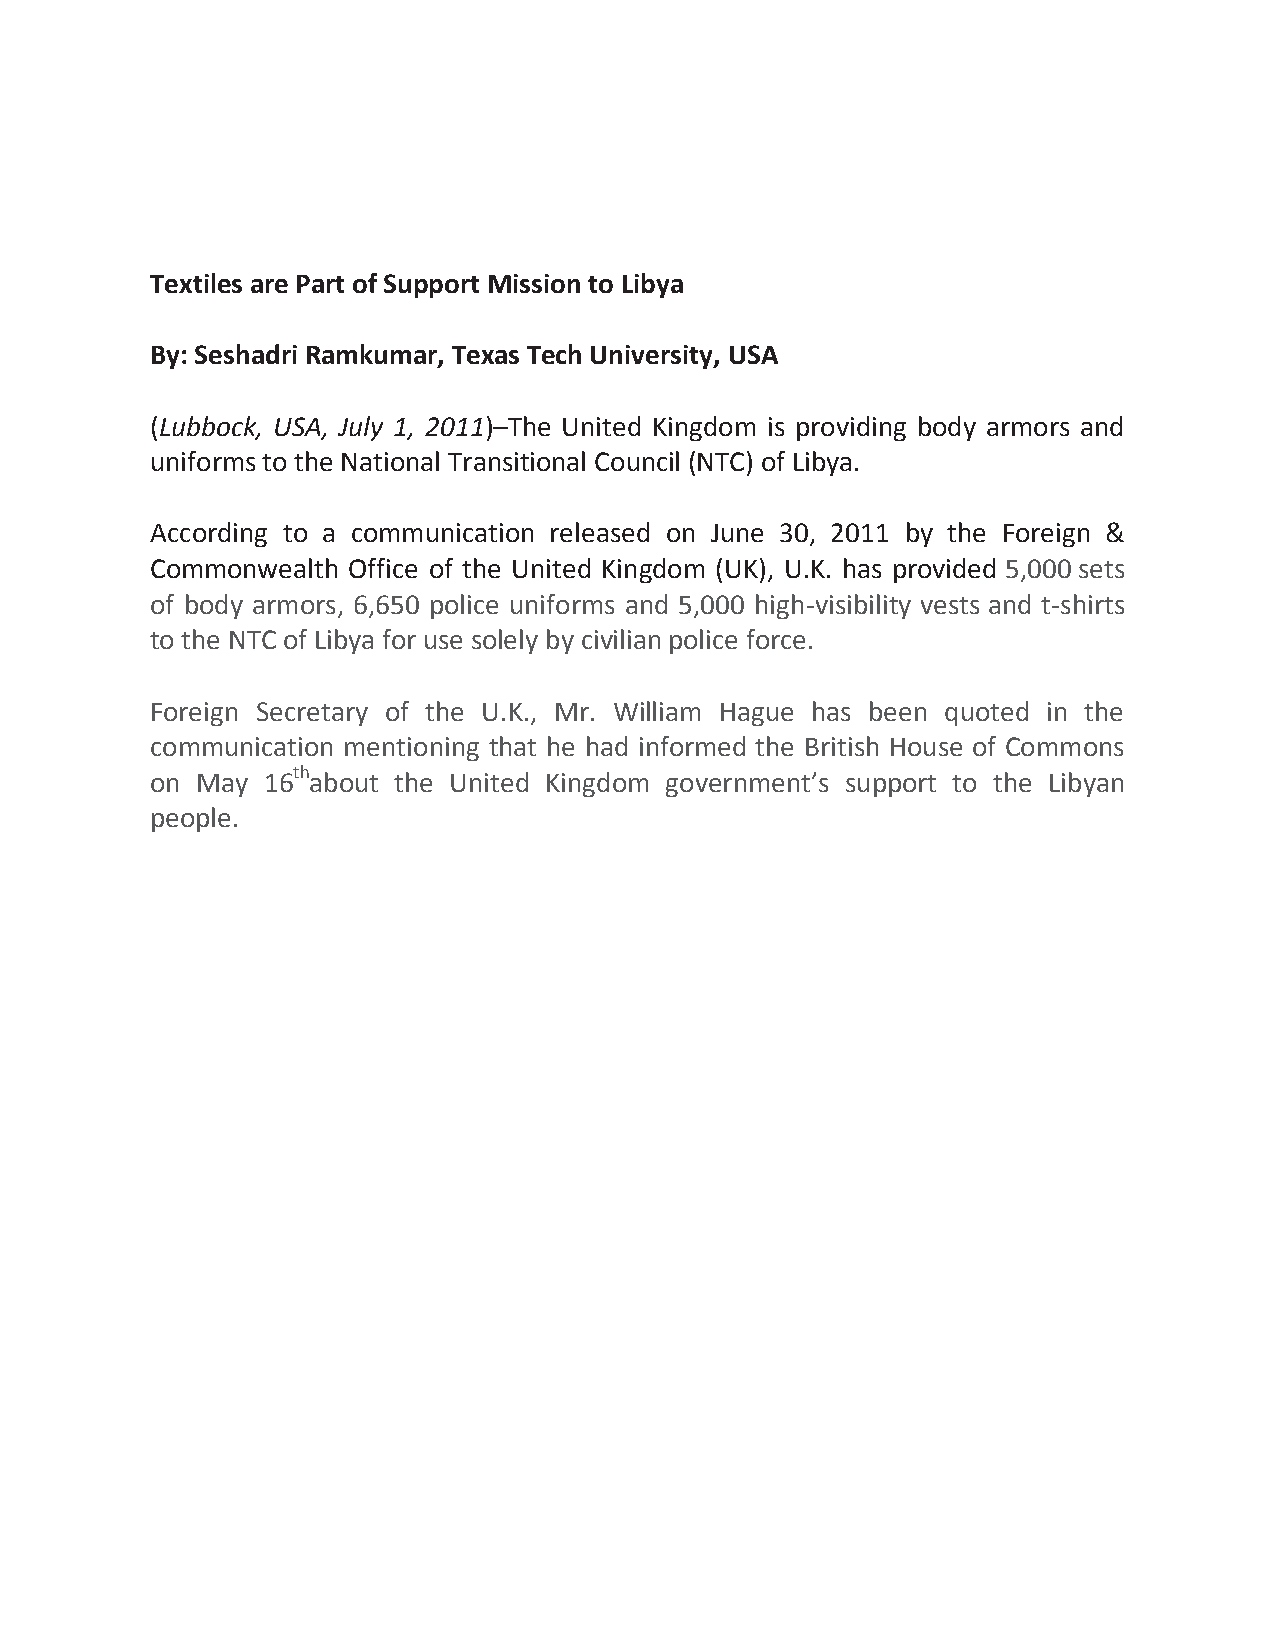
Textiles are Part of Support Mission to Libya
 By: Seshadri Ramkumar, Texas Tech University, USA
 (Lubbock, USA, July 1, 2011)–The United Kingdom is providing body armors and
 uniforms to the National Transitional Council (NTC) of Libya.
 According to a communication released on June 30, 2011 by the Foreign &
 Commonwealth Office of the United Kingdom (UK), U.K. has provided 5,000 sets
 of body armors, 6,650 police uniforms and 5,000 high-visibility vests and t-shirts
 to the NTC of Libya for use solely by civilian police force.
 Foreign Secretary of the U.K., Mr. William Hague has been quoted in the
 communication mentioning that he had informed the British House of Commons
 on May 16thabout the United Kingdom government’s support to the Libyan
 people.